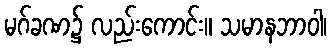
မဂ်ခဏ၌ လည်းကောင်း။ သမာနဘာဝါ၊